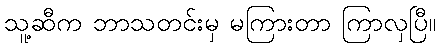
သူ့ဆီက ဘာသတင်းမှ မကြားတာ ကြာလှပြီ။